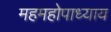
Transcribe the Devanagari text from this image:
महमहोपाध्याय